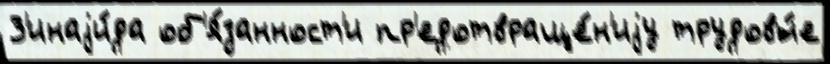
З'инаjи́да об'я́занност'и пр'едотвраще́н'иjу трудовы́е